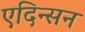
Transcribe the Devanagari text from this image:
एदिन्सन